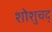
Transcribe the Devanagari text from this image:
शोशुचद्